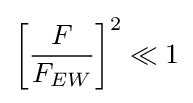
\left[{\frac {F}{F_{EW}}}\right]^{2}\ll 1